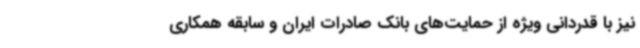
نیز با قدردانی ویژه از حمایت‌های بانک صادرات ایران و سابقه همکاری